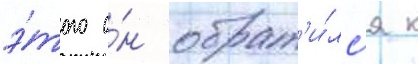
э́того о́н обрат'и́лс'я к